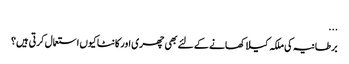
...
برطانیہ کی ملکہ کیلا کھانے کے لئے بھی چھری اور کانٹا کیوں استعمال کرتی ہیں؟